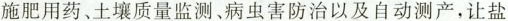
施肥用药、土壤质量监测、病虫害防治以及自动测产，让盐